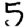
Digit: 5